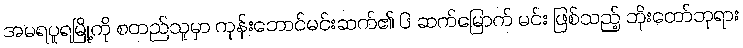
အမရပူရမြို့ကို စတည်သူမှာ ကုန်းဘောင်မင်းဆက်၏ ၆ ဆက်မြောက် မင်း ဖြစ်သည့် ဘိုးတော်ဘုရား